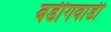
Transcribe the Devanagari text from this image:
बडीगवाडी